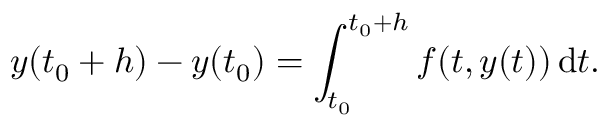
y ( t _ { 0 } + h ) - y ( t _ { 0 } ) = \int _ { t _ { 0 } } ^ { t _ { 0 } + h } f ( t , y ( t ) ) \, \mathrm { d } t .